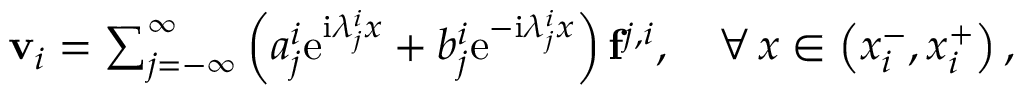
\begin{array} { r } { \mathbf { v } _ { i } = \sum _ { j = - \infty } ^ { \infty } \left( a _ { j } ^ { i } \mathrm { e } ^ { \mathrm { i } \lambda _ { j } ^ { i } x } + b _ { j } ^ { i } \mathrm { e } ^ { - \mathrm { i } \lambda _ { j } ^ { i } x } \right) \mathbf { f } ^ { j , i } , \quad \forall \, x \in \left( x _ { i } ^ { - } , x _ { i } ^ { + } \right) , } \end{array}